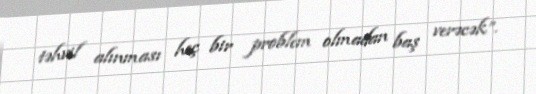
təhvil alınması heç bir problem olmadan baş verəcək”.